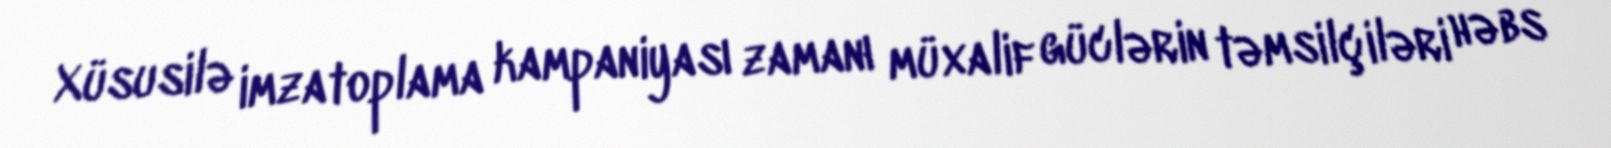
Xüsusilə imzatoplama kampaniyası zamanı müxalif güclərin təmsilçiləri həbs